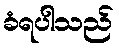
ခံရပါသည်